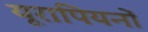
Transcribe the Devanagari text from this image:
यूरापियनों